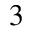
^ 3